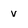
Character: v